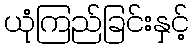
ယုံကြည်ခြင်းနှင့်